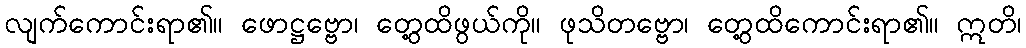
လျက်ကောင်းရာ၏။ ဖောဋ္ဌဗ္ဗော၊ တွေ့ထိဖွယ်ကို။ ဖုသိတဗ္ဗော၊ တွေ့ထိကောင်းရာ၏။ ဣတိ၊